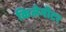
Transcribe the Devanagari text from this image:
किलेमीटर